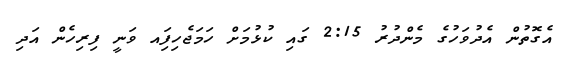
އެގޮތުން އެދުވަހުގެ މެންދުރު 2:15 ގައި ކުޅުމަށް ހަމަޖެހިފަިއ ވަނީ ފިރިހެން އަދި